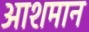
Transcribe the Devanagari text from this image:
आशमान